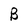
Character: B